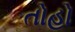
તોહો